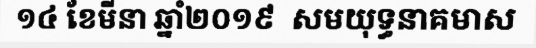
១៤ ខែមីនា ឆ្នាំ២០១៩  សមយុទ្ធនាគមាស